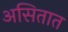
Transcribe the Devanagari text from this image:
असितात